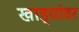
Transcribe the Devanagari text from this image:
खाड्यांवर